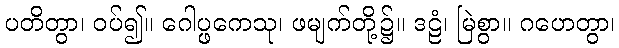
ပတိတွာ၊ ဝပ်၍။ ဂေါပ္ဖကေသု၊ ဖမျက်တို့၌။ ဒဠံ၊ မြဲစွာ။ ဂဟေတွာ၊